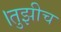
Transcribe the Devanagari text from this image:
।तुझीच